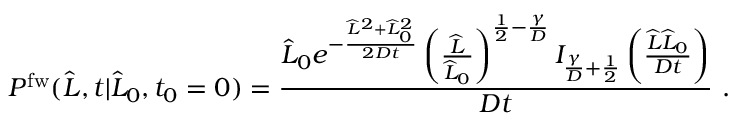
P ^ { \mathrm { f w } } ( \widehat { L } , t | \widehat { L } _ { 0 } , t _ { 0 } = 0 ) = \frac { \widehat { L } _ { 0 } e ^ { - \frac { \widehat { L } ^ { 2 } + \widehat { L } _ { 0 } ^ { 2 } } { 2 D t } } \left( \frac { \widehat { L } } { \widehat { L } _ { 0 } } \right) ^ { \frac { 1 } { 2 } - \frac { \gamma } { D } } I _ { \frac { \gamma } { D } + \frac { 1 } { 2 } } \left( \frac { \widehat { L } \widehat { L } _ { 0 } } { D t } \right) } { D t } \ .